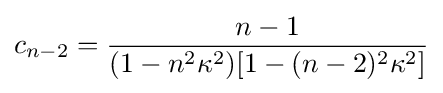
c_{n-2}={\frac {n-1}{(1-n^{2}\kappa ^{2})[1-(n-2)^{2}\kappa ^{2}]}}